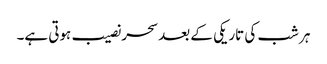
ہر شب کی تاریکی کے بعد سحر نصیب ہوتی ہے۔